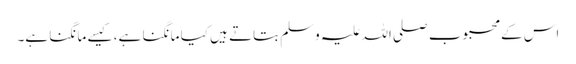
اس کے محبوب صلی اللہ علیہ وسلم بتاتے ہیں کیا مانگنا ہے، کیسے مانگنا ہے۔